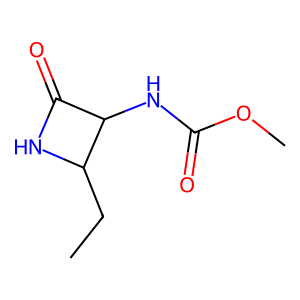
SMILES: CCC1NC(=O)C1NC(=O)OC
Inhibits HIV replication: No